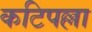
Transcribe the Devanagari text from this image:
कटिपल्ला